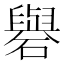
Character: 礜